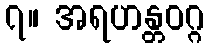
၇။ အရဟန္တဝဂ္ဂ